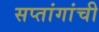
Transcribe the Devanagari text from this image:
सप्तांगांची